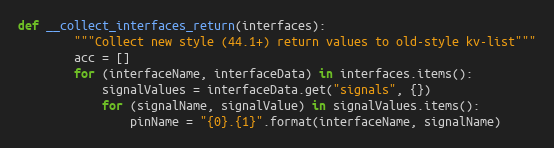
Language: Python
def __collect_interfaces_return(interfaces):
        """Collect new style (44.1+) return values to old-style kv-list"""
        acc = []
        for (interfaceName, interfaceData) in interfaces.items():
            signalValues = interfaceData.get("signals", {})
            for (signalName, signalValue) in signalValues.items():
                pinName = "{0}.{1}".format(interfaceName, signalName)